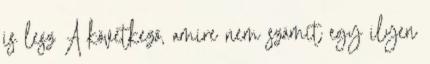
is lesz A következő, amire nem számít egy ilyen